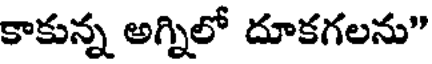
కాకున్న అగ్నిలో దూకగలను"